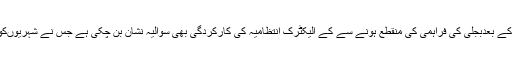
انہوںنے کہاکہ شہرمیںبارشوںکے بعدبجلی کی فراہمی کی منقطع ہونے سے کے الیکٹرک انتظامیہ کی کارکردگی بھی سوالیہ نشان بن چکی ہے جس نے شہریوںکوشدیدعذاب میںمبتلاکررکھاہے۔